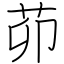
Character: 茆